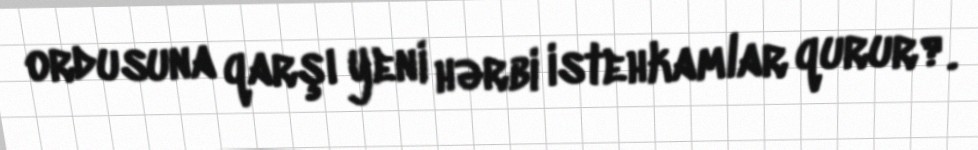
ordusuna qarşı yeni hərbi istehkamlar qurur?.